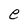
Character: e